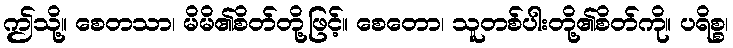
ဤသို့။ စေတသာ၊ မိမိ၏စိတ်တို့ဖြင့်။ စေတော၊ သူတစ်ပါးတို့၏စိတ်ကို။ ပရိစ္စ၊